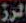
الرز